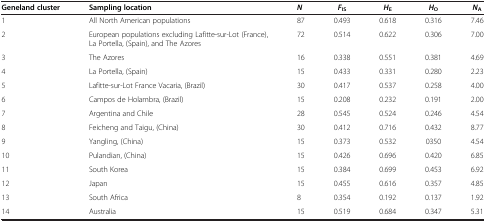
| Geneland cluster | Sampling location | N | FIS | HE | HO | NA |
 | --- | --- | --- | --- | --- | --- | --- |
 | 1 | All North American populations | 87 | 0.493 | 0.618 | 0.316 | 7.46 |
 | 2 | European populations excluding Lafitte-sur-Lot (France), La Portella, (Spain), and The Azores | 72 | 0.514 | 0.622 | 0.306 | 7.00 |
 | 3 | The Azores | 16 | 0.338 | 0.551 | 0.381 | 4.69 |
 | 4 | La Portella, (Spain) | 15 | 0.433 | 0.331 | 0.280 | 2.23 |
 | 5 | Lafitte-sur-Lot France Vacaria, (Brazil) | 30 | 0.417 | 0.537 | 0.258 | 4.00 |
 | 6 | Campos de Holambra, (Brazil) | 15 | 0.208 | 0.232 | 0.191 | 2.00 |
 | 7 | Argentina and Chile | 28 | 0.545 | 0.524 | 0.246 | 4.54 |
 | 8 | Feicheng and Taigu, (China) | 30 | 0.412 | 0.716 | 0.432 | 8.77 |
 | 9 | Yangling, (China) | 15 | 0.373 | 0.532 | 0350 | 4.54 |
 | 10 | Pulandian, (China) | 15 | 0.426 | 0.696 | 0.420 | 6.85 |
 | 11 | South Korea | 15 | 0.384 | 0.699 | 0.453 | 6.92 |
 | 12 | Japan | 15 | 0.455 | 0.616 | 0.357 | 4.85 |
 | 13 | South Africa | 8 | 0.354 | 0.192 | 0.137 | 1.92 |
 | 14 | Australia | 15 | 0.519 | 0.684 | 0.347 | 5.31 |